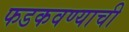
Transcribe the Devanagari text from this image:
फडकवण्याची